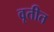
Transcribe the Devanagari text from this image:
वृतीत